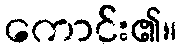
ကောင်း၏။